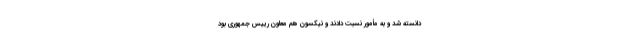
دانسته شد و به مأمور نسبت دادند و نیکسون هم معاون رییس جمهوری بود